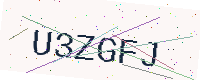
Text: U3ZGFJ